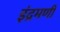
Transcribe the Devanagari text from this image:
इंद्रमणी